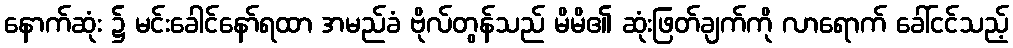
နောက်ဆုံး ၌ မင်းခေါင်နော်ရထာ အမည်ခံ ဗိုလ်တွန်သည် မိမိ၏ ဆုံးဖြတ်ချက်ကို လာရောက် ခေါ်ငင်သည့်